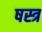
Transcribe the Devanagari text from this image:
षस्त्र